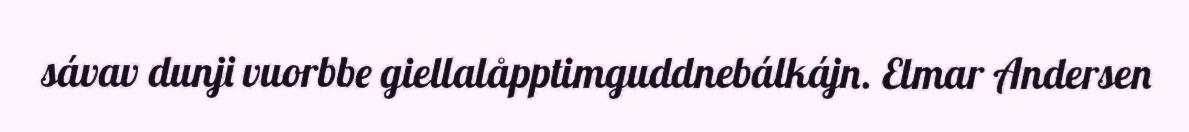
sávav dunji vuorbbe giellalåpptimguddnebálkájn. Elmar Andersen